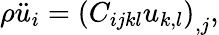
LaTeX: \begin{array}{r}{\rho\ddot{u}_{i}=\left(C_{ijkl}u_{k,l}\right)_{,j},}\end{array}